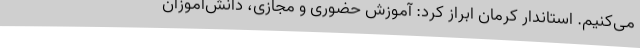
می‌کنیم. استاندار کرمان ابراز کرد: آموزش حضوری و مجازی، دانش‌آموزان